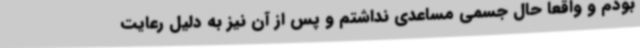
بودم و واقعاً حال جسمی مساعدی نداشتم و پس از آن نیز به دلیل رعایت